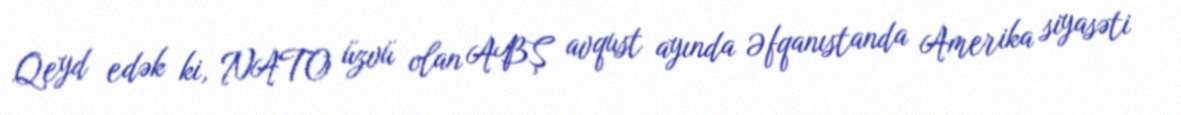
Qeyd edək ki, NATO üzvü olan ABŞ avqust ayında Əfqanıstanda Amerika siyasəti